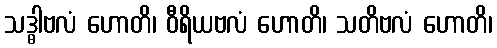
သဒ္ဓါဗလံ ဟောတိ၊ ဝီရိယဗလံ ဟောတိ၊ သတိဗလံ ဟောတိ၊